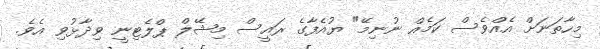
މިހާތަނަށް އެއްވެސް ކަމެއް ނުނިމޭ" ޔުއެފާގެ ރައީސް މިޝޭލް ޕްލެޓިނީ ވިދާޅުވި އެވެ.